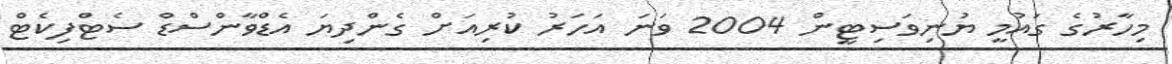
މިހާރުގެ ގައުމީ ޔުނިވަސިޓީން 2004 ވަނަ އަހަރު ކުރިއަށް ގެންދިޔަ އެޑްވާންސްޑް ސެޓްފިކެޓް